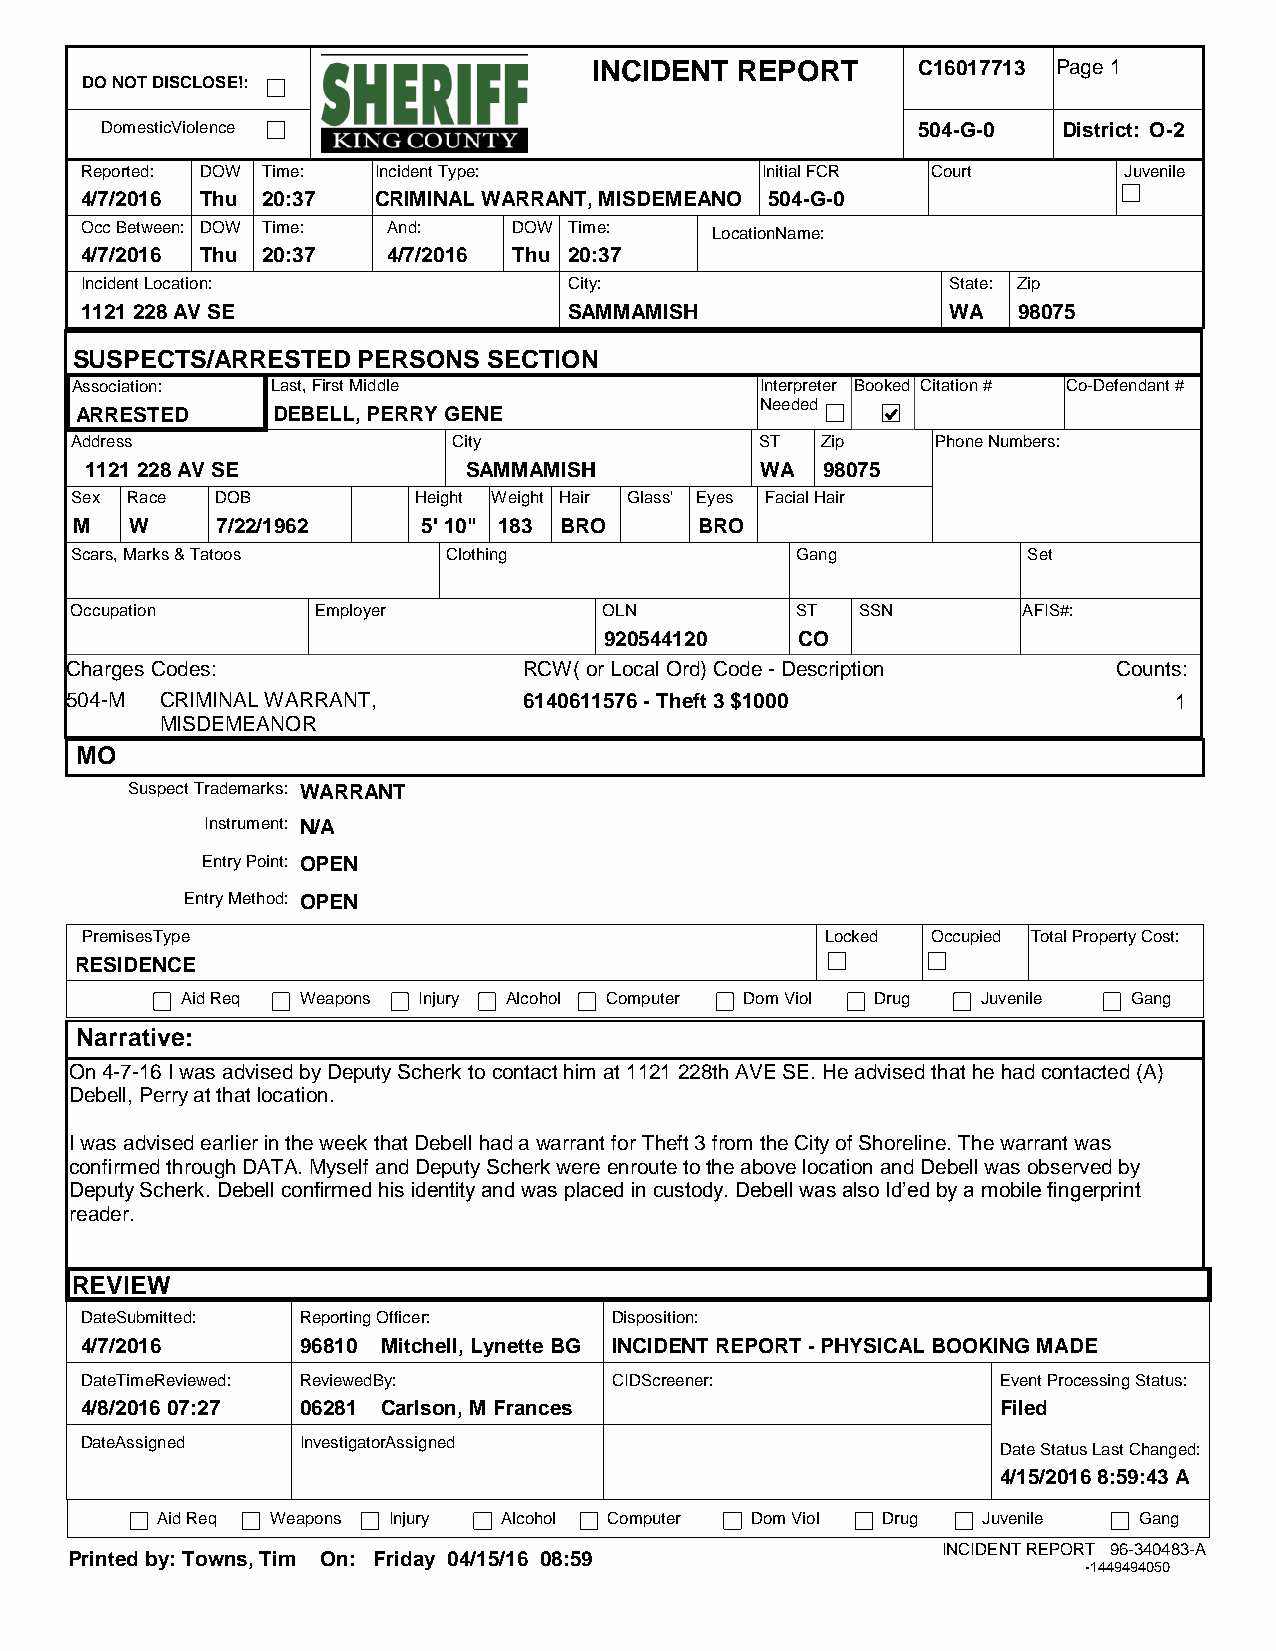
INCIDENT  REPORT      C16017713 Page 1
 DO NOT DISCLOSE!:
 DomesticViolence                                      504-G-0  District: O-2
 Reported: DOW Time: Incident Type:           Initial FCR Court       Juvenile
 4/7/2016 Thu 20:37  CRIMINAL WARRANT, MISDEMEANO 504-G-0
 Occ Between: DOW Time: And:  DOW Time:    LocationName:
 4/7/2016 Thu 20:37   4/7/2016 Thu 20:37
 Incident Location:               City:                    State: Zip
 1121 228 AV SE                   SAMMAMISH                WA  98075
 SUSPECTS/ARRESTED  PERSONS SECTION
 Association: Last, First Middle              Interpreter Booked Citation # Co-Defendant #
 Needed
 ARRESTED     DEBELL, PERRY GENE
 Address                  City                ST  Zip     Phone Numbers:
 1121 228 AV SE           SAMMAMISH          WA  98075
 Sex Race DOB          Height Weight Hair Glass' Eyes Facial Hair
 M   W    7/22/1962     5' 10" 183 BRO    BRO
 Scars, Marks & Tatoos    Clothing               Gang           Set
 Occupation      Employer           OLN          ST  SSN        AFIS#:
 920544120    CO
 Charges Codes:                 RCW( or Local Ord) Code - Description  Counts:
 504-M  CRIMINAL WARRANT,       6140611576 - Theft 3 $1000                 1
 MISDEMEANOR
 MO
 Suspect Trademarks: WARRANT
 Instrument: N/A
 Entry Point: OPEN
 Entry Method: OPEN
 PremisesType                                      Locked Occupied Total Property Cost:
 RESIDENCE
 Aid Req Weapons Injury Alcohol Computer Dom Viol Drug Juvenile Gang
 Narrative:
 On 4-7-16 I was advised by Deputy Scherk to contact him at 1121 228th AVE SE. He advised that he had contacted (A)
 Debell, Perry at that location.
 I was advised earlier in the week that Debell had a warrant for Theft 3 from the City of Shoreline. The warrant was
 confirmed through DATA. Myself and Deputy Scherk were enroute to the above location and Debell was observed by
 Deputy Scherk. Debell confirmed his identity and was placed in custody. Debell was also Id’ed by a mobile fingerprint
 reader.
 REVIEW
 DateSubmitted: Reporting Officer:  Disposition:
 4/7/2016       96810 Mitchell, Lynette BG INCIDENT REPORT - PHYSICAL BOOKING MADE
 DateTimeReviewed: ReviewedBy:      CIDScreener:              Event Processing Status:
 4/8/2016 07:27 06281 Carlson, M Frances                      Filed
 DateAssigned   InvestigatorAssigned
 Date Status Last Changed:
 4/15/2016 8:59:43 A
 Aid Req Weapons Injury Alcohol Computer Dom Viol Drug  Juvenile  Gang
 INCIDENT REPORT 96-340483-A
 Printed by: Towns, Tim On: Friday 04/15/16 08:59
 -1449494050